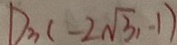
D _ { 3 } ( - 2 \sqrt { 3 } , - 1 )